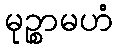
မုဉ္စာမဟံ